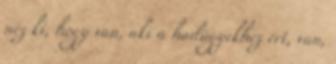
néz ki, hogy van, aki a hadügyekhez ért, van,